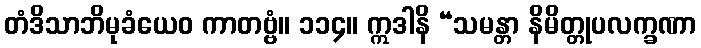
တံဒိသာဘိမုခံယေဝ ကာတဗ္ဗံ။ ၁၁၄။ ဣဒါနိ “သမန္တာ နိမိတ္တုပလက္ခဏာ